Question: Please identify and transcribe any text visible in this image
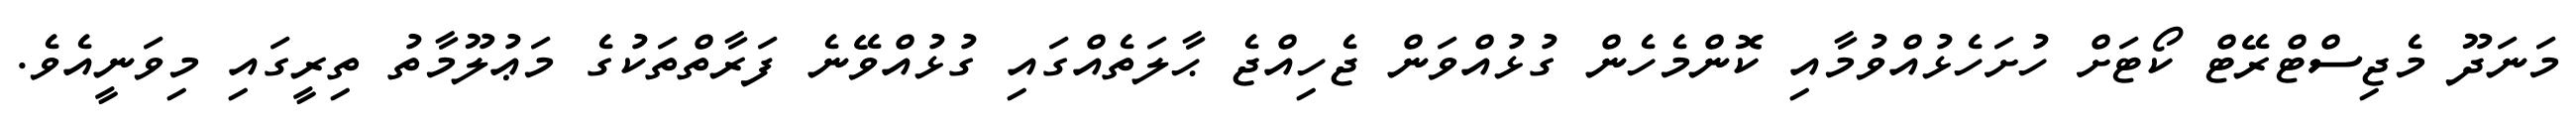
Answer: މަނަދޫ މެޖިސްޓްރޭޓް ކޯޓަށް ހުށަހެޅުއްވުމާއި ކޮންމެހެން ގުޅުއްވަން ޖެހިއްޖެ ޙާލަތެއްގައި ގުޅުއްވޭނެ ފަރާތްތަކުގެ މަޢުލޫމާތު ތިރީގައި މިވަނީއެވެ.